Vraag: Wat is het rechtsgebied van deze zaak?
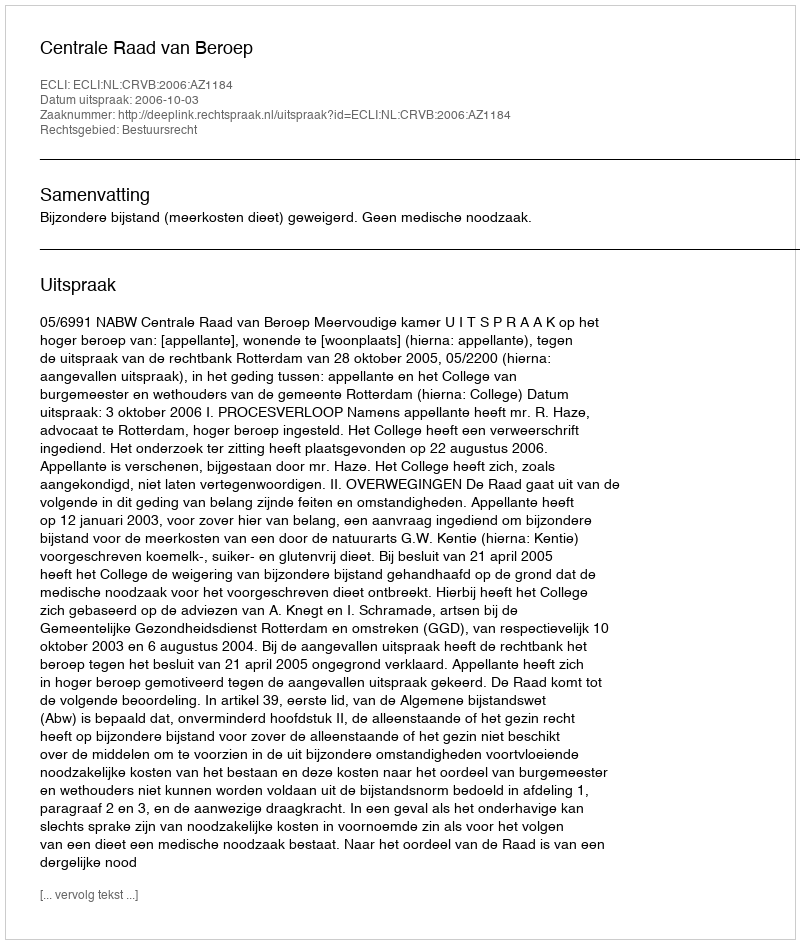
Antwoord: Bestuursrecht